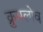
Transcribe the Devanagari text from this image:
क्रुमलोव